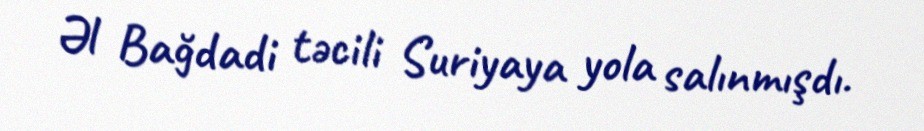
Əl Bağdadi təcili Suriyaya yola salınmışdı.